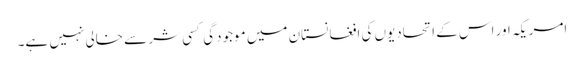
امریکہ اور اس کے اتحادیوں کی افغانستان میں موجودگی کسی شر سے خالی نہیں ہے۔